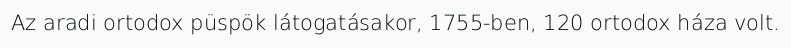
Az aradi ortodox püspök látogatásakor, 1755-ben, 120 ortodox háza volt.